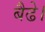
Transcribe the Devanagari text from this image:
बैढे।